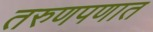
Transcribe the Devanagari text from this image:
तरुणपणात